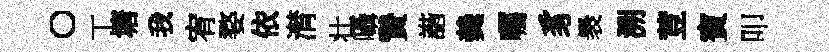
〇丅塘我宥婺依潸壮囁贄諧羮囑豸褁溯荳賓叩